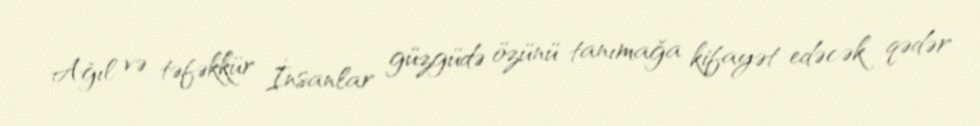
Ağıl və təfəkkür İnsanlar güzgüdə özünü tanımağa kifayət edəcək qədər